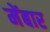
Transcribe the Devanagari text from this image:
मेंबार